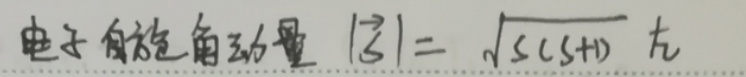
电子自旋角动量 $|\vec{S}| = \sqrt{s(s + 1)}\hbar$